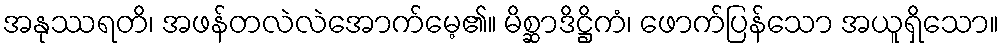
အနုဿရတိ၊ အဖန်တလဲလဲအောက်မေ့၏။ မိစ္ဆာဒိဋ္ဌိကံ၊ ဖောက်ပြန်သော အယူရှိသော။